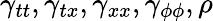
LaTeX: \gamma_{tt},\gamma_{tx},\gamma_{xx},\gamma_{\phi\phi},\rho